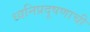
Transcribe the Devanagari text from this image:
ध्वनिप्रदूषणाची